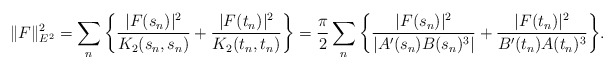
\begin{align*} \|F\|^2_{E^2} = \sum_n \bigg\{\frac{|F(s_n)|^2}{K_2(s_n,s_n)} + \frac{|F(t_n)|^2}{K_2(t_n,t_n)}\bigg\} = \frac{\pi}{2}\sum_n \bigg\{\frac{|F(s_n)|^2}{|A'(s_n)B(s_n)^3|} + \frac{|F(t_n)|^2}{B'(t_n)A(t_n)^3}\bigg\}.\end{align*}